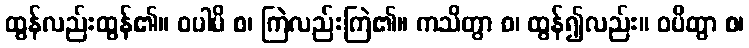
ထွန်လည်းထွန်၏။ ဝပါမိ စ၊ ကြဲလည်းကြဲ၏။ ကသိတွာ စ၊ ထွန်၍လည်း။ ဝပိတွာ စ၊